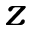
z